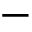
-